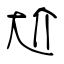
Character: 尬